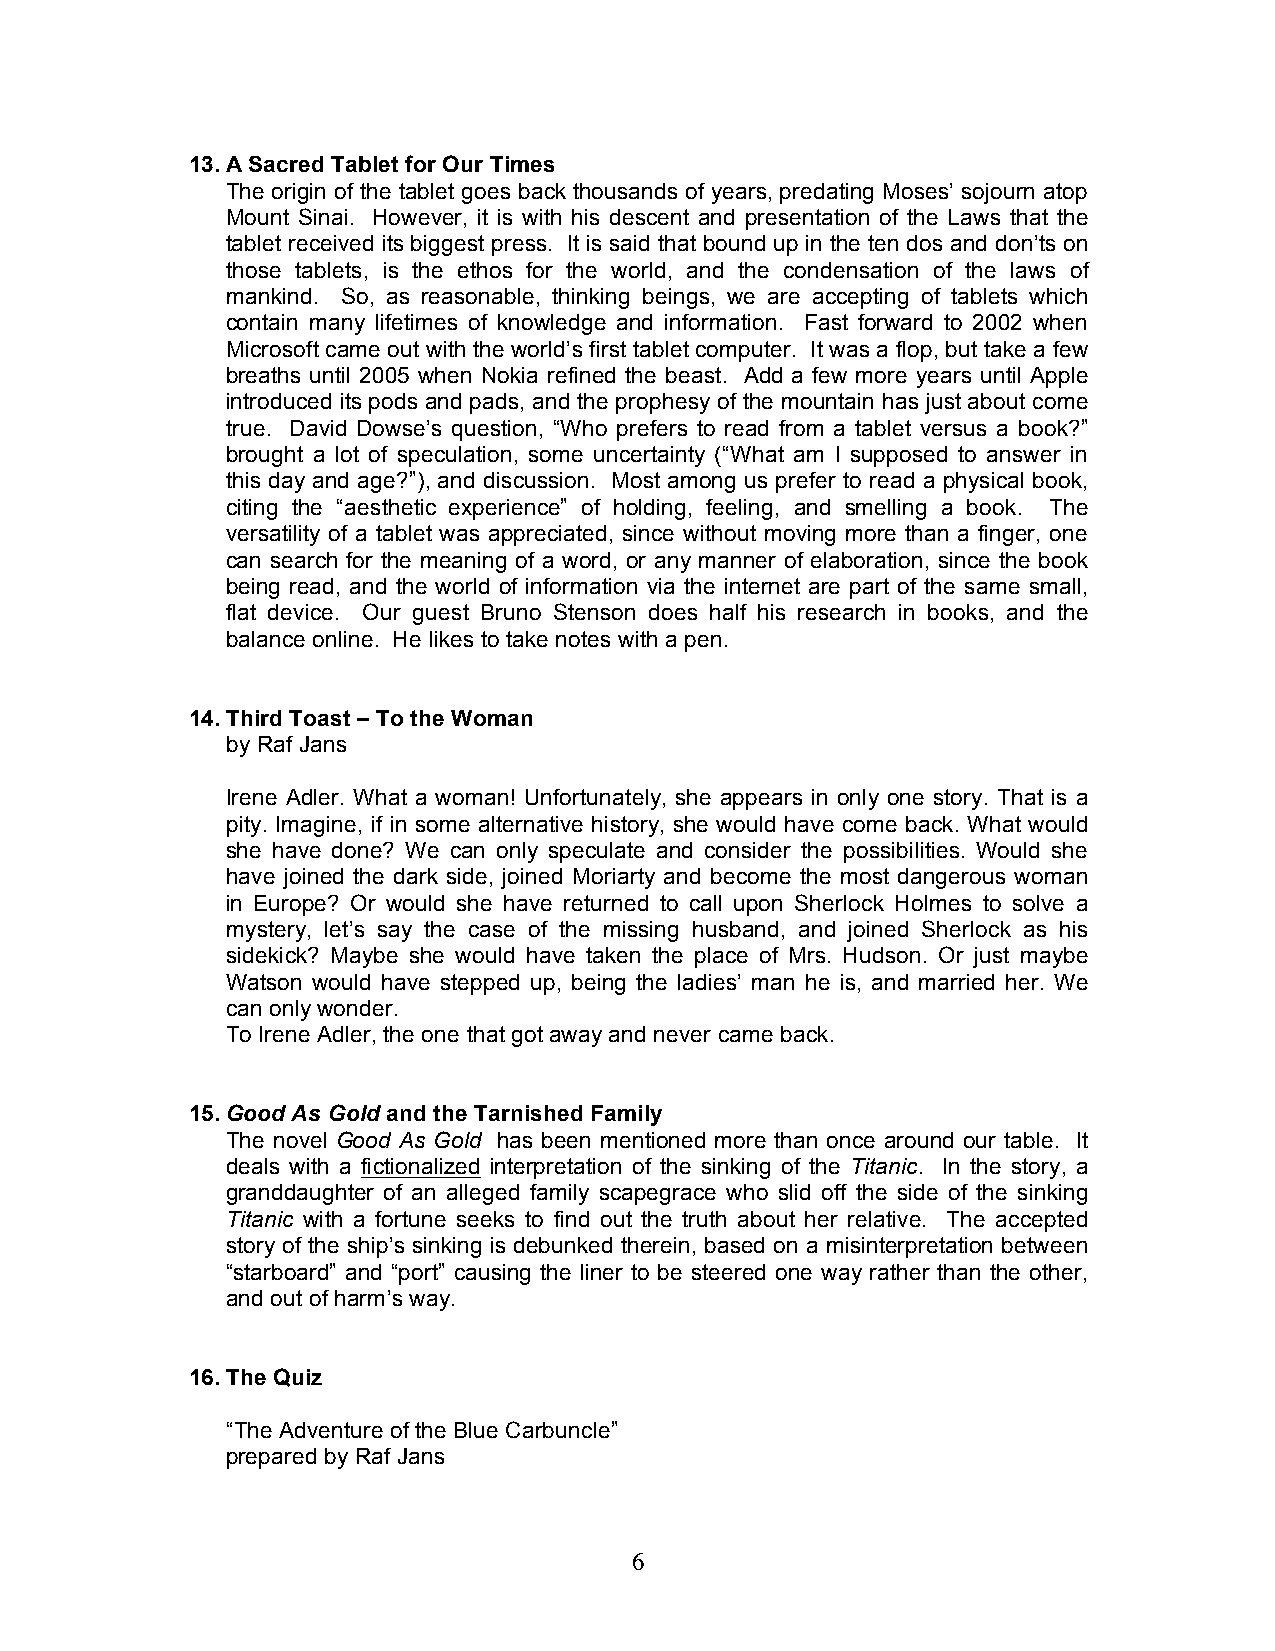
13. A Sacred Tablet for Our Times
 The origin of the tablet goes back thousands of years, predating Moses’ sojourn atop
 Mount Sinai. However, it is with his descent and presentation of the Laws that the
 tablet received its biggest press. It is said that bound up in the ten dos and don’ts on
 those tablets, is the ethos for the world, and the condensation of the laws of
 mankind. So, as reasonable, thinking beings, we are accepting of tablets which
 contain many lifetimes of knowledge and information. Fast forward to 2002 when
 Microsoft came out with the world’s first tablet computer. It was a flop, but take a few
 breaths until 2005 when Nokia refined the beast. Add a few more years until Apple
 introduced its pods and pads, and the prophesy of the mountain has just about come
 true. David Dowse’s question, “Who prefers to read from a tablet versus a book?”
 brought a lot of speculation, some uncertainty (“What am I supposed to answer in
 this day and age?”), and discussion. Most among us prefer to read a physical book,
 citing the “aesthetic experience” of holding, feeling, and smelling a book. The
 versatility of a tablet was appreciated, since without moving more than a finger, one
 can search for the meaning of a word, or any manner of elaboration, since the book
 being read, and the world of information via the internet are part of the same small,
 flat device. Our guest Bruno Stenson does half his research in books, and the
 balance online. He likes to take notes with a pen.
 14. Third Toast – To the Woman
 by Raf Jans
 Irene Adler. What a woman! Unfortunately, she appears in only one story. That is a
 pity. Imagine, if in some alternative history, she would have come back. What would
 she have done? We can only speculate and consider the possibilities. Would she
 have joined the dark side, joined Moriarty and become the most dangerous woman
 in Europe? Or would she have returned to call upon Sherlock Holmes to solve a
 mystery, let’s say the case of the missing husband, and joined Sherlock as his
 sidekick? Maybe she would have taken the place of Mrs. Hudson. Or just maybe
 Watson would have stepped up, being the ladies’ man he is, and married her. We
 can only wonder.
 To Irene Adler, the one that got away and never came back.
 15. Good As Gold and the Tarnished Family
 The novel Good As Gold has been mentioned more than once around our table. It
 deals with a fictionalized interpretation of the sinking of the Titanic. In the story, a
 granddaughter of an alleged family scapegrace who slid off the side of the sinking
 Titanic with a fortune seeks to find out the truth about her relative. The accepted
 story of the ship’s sinking is debunked therein, based on a misinterpretation between
 “starboard” and “port” causing the liner to be steered one way rather than the other,
 and out of harm’s way.
 16. The Quiz
 “The Adventure of the Blue Carbuncle”
 prepared by Raf Jans
 6